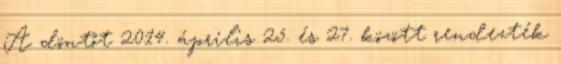
A döntőt 2014. április 25. és 27. között rendezték